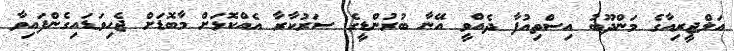
އަލްޖީރިއާގެ މަންދޫބު އިސްތިއުފާ ދެއްވީ އޭނާ ބުރުންޑީގެ ސަރުކާރާ އެއްކޮޅަށް މާބޮޑަށް ޖެހިވަޑައިގެންފައިވާ